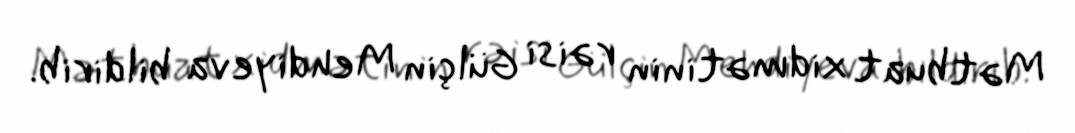
Mətbuat xidmətinin rəisi Gülçin Mehdiyeva bildirib.